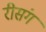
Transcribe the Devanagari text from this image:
रीसंग